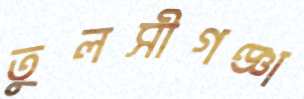
তুলসীগঞ্জা